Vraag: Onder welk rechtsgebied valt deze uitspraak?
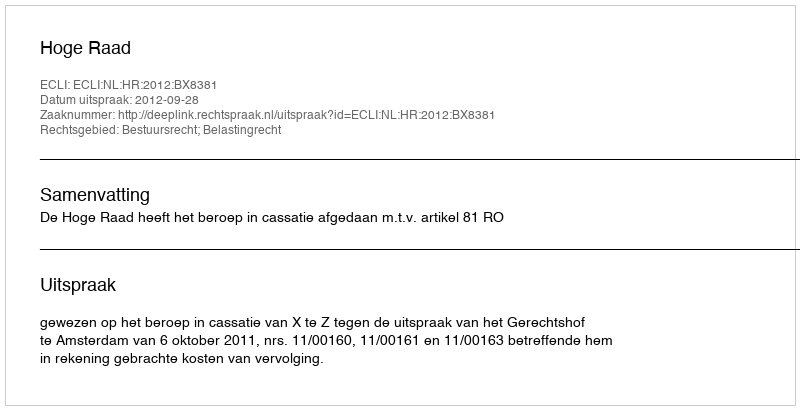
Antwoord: Bestuursrecht; Belastingrecht